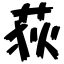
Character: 荻